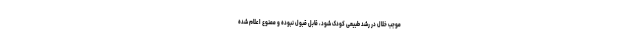
موجب خلال در رشد طبیعی کودک شود، قابل قبول نبوده و ممنوع اعلام شده